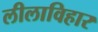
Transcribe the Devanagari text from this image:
लीलाविहार